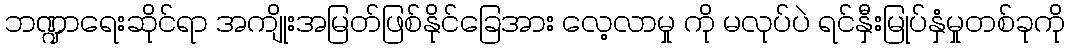
ဘဏ္ဍာရေးဆိုင်ရာ အကျိုးအမြတ်ဖြစ်နိုင်ခြေအား လေ့လာမှု ကို မလုပ်ပဲ ရင်နှီးမြုပ်နှံမှုတစ်ခုကို